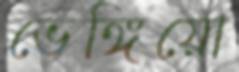
ভেঙ্গিয়ো